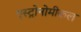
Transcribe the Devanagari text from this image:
एस्ट्रोनोमीकल